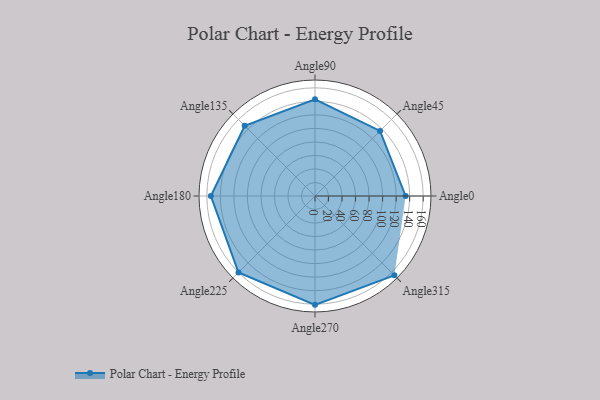
{"axis": {"x": "Angle", "y": "Radius"}, "legend": [""], "data": [{"x": "Angle0", "y": 134.0, "type": ""}, {"x": "Angle45", "y": 136.0, "type": ""}, {"x": "Angle90", "y": 143.0, "type": ""}, {"x": "Angle135", "y": 147.0, "type": ""}, {"x": "Angle180", "y": 154.0, "type": ""}, {"x": "Angle225", "y": 160.0, "type": ""}, {"x": "Angle270", "y": 161.0, "type": ""}, {"x": "Angle315", "y": 166.0, "type": ""}]}